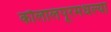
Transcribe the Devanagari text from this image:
कौलालंपूरमधल्या